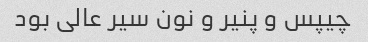
چیپس و پنیر و نون سیر عالی بود